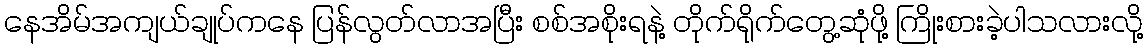
နေအိမ်အကျယ်ချုပ်ကနေ ပြန်လွတ်လာအပြီး စစ်အစိုးရနဲ့ တိုက်ရိုက်တွေ့ဆုံဖို့ ကြိုးစားခဲ့ပါသလားလို့